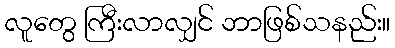
လူတွေ ကြီးလာလျှင် ဘာဖြစ်သနည်း။